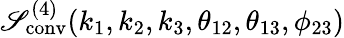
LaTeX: \mathscr{S}_{\mathrm{{conv}}}^{(4)}(k_{1},k_{2},k_{3},\theta_{12},\theta_{13},\phi_{23})